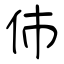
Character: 伂